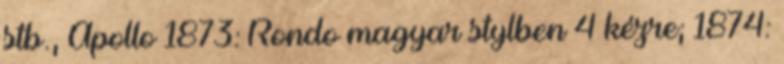
stb., Apollo 1873: Rondo magyar stylben 4 kézre; 1874: